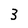
Character: 3